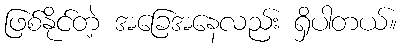
ဖြစ်နိုင်တဲ့ အခြေအနေလည်း ရှိပါတယ်။